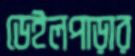
ডেইলপাড়ার